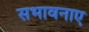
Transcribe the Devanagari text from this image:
सभावनाए